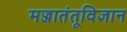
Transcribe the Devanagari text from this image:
मज्जातंतूविज्ञान